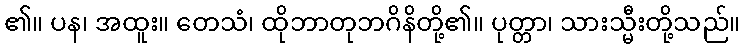
၏။ ပန၊ အထူး။ တေသံ၊ ထိုဘာတုဘဂိနိတို့၏။ ပုတ္တာ၊ သားသ္မီးတို့သည်။